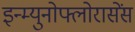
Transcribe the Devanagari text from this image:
इन्म्युनोफ्लोरासेंस